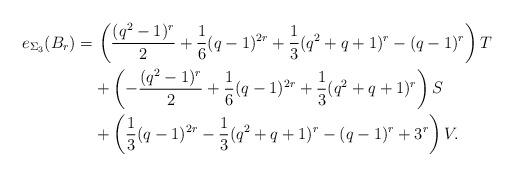
LaTeX: \begin{align*} e_{\Sigma_3}(B_r) =& \, \left(\frac{(q^2-1)^r}2+\frac16 (q-1)^{2r} + \frac13 (q^2+q+1)^r - (q-1)^r \right) T \\ & + \left(- \frac{(q^2-1)^r}2+\frac16 (q-1)^{2r} + \frac13 (q^2+q+1)^r\right) S \\ &+\left( \frac13 (q-1)^{2r} - \frac13 (q^2+q+1)^r -(q-1)^r+3^r\right) V . \end{align*}